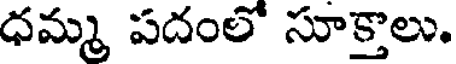
ధమ్మ పదంలో సూక్తాలు.